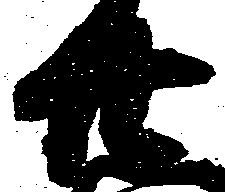
廿